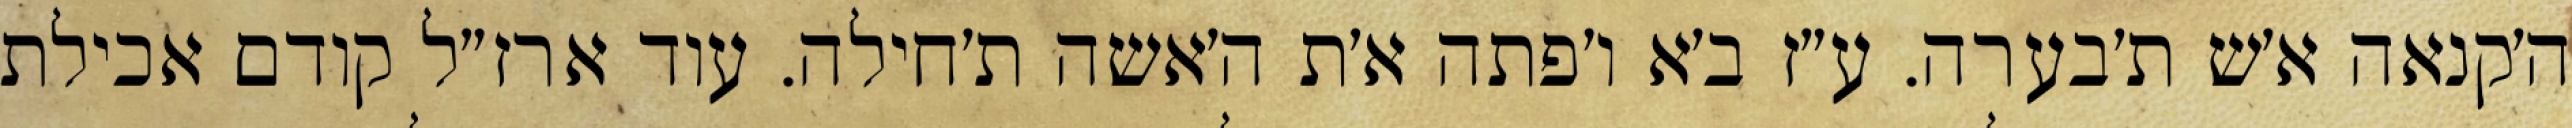
ה׳קנאה א׳ש ת׳בערה. ע״ז ב׳א ו׳פתה א׳ת ה׳אשה ת׳חילה. עוד ארז״ל קודם אכילת